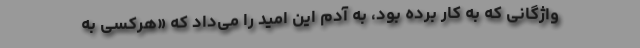
واژگانی که به کار برده بود، به آدم این امید را می‌داد که «هرکسی به